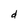
Character: d